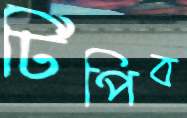
টিপিব